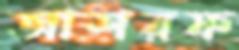
আশরফ